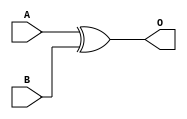
`timescale 1ns / 1ps
//////////////////////////////////////////////////////////////////////////////////
// Company: 
// Engineer: 
// 
// Design Name: 
// Module Name: xorGate
// Project Name: 
// Target Devices: 
// Tool Versions: 
// Description: 
// 
// Dependencies: 
// 
// Revision:
// Revision 0.01 - File Created
// Additional Comments:
// 
//////////////////////////////////////////////////////////////////////////////////
module xorGate(
    input wire A,
    input wire B,
    output wire O
    );
    
    assign O = A ^ B ;
    
    
endmodule